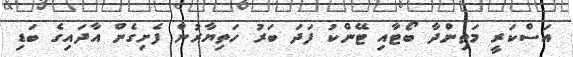
އަސްކަރީ މަތިންދާ ބޯޓާއި ޓޭންކު ފަދަ ބަރު ހަތިޔާރުން ފެށިގެން އާދައިގެ ބަޑި